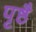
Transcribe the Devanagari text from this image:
पृष्ठै